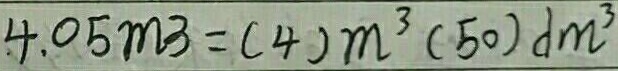
4 . 0 5 m ^ { 3 } = ( 4 ) m ^ { 3 } ( 5 0 ) d m ^ { 3 }